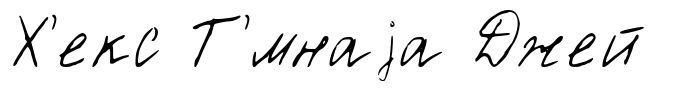
Х'екс Т'́мнаjа Джей